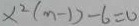
x ^ { 2 } ( m - 1 ) - 6 = 0